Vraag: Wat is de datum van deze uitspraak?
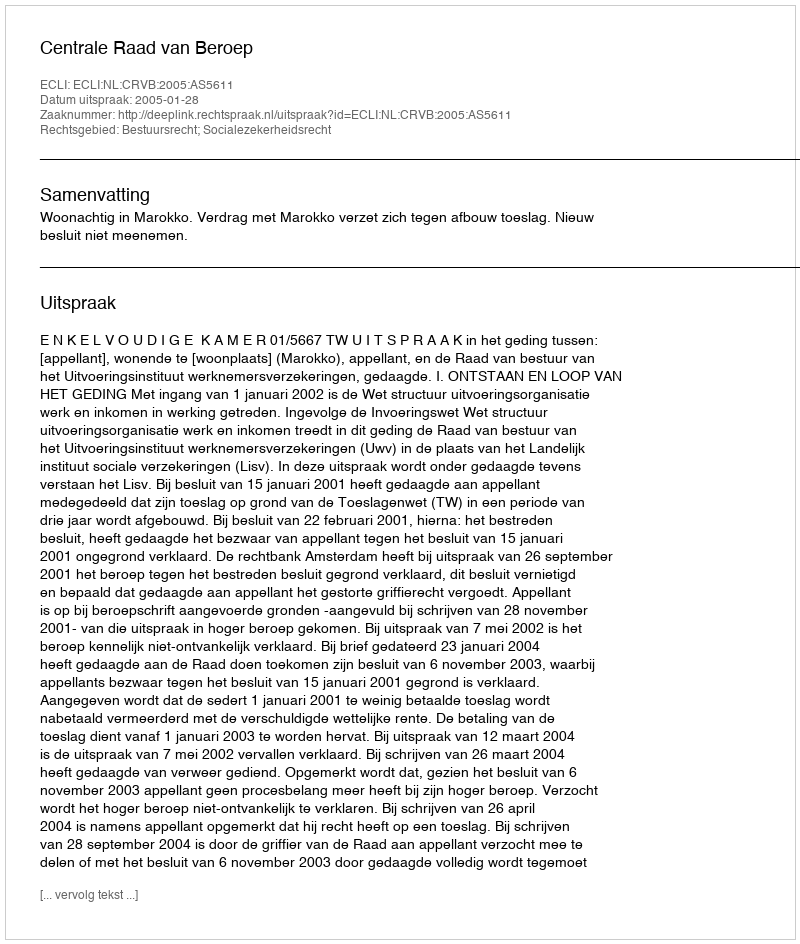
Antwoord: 2005-01-28